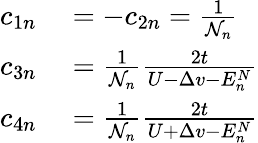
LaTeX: \begin{array}{rl}{c_{1n}}&{{}=-c_{2n}=\frac{1}{\mathcal{N}_{n}}}\\ {c_{3n}}&{{}=\frac{1}{\mathcal{N}_{n}}\frac{2t}{U-\Delta v-E_{n}^{N}}}\\ {c_{4n}}&{{}=\frac{1}{\mathcal{N}_{n}}\frac{2t}{U+\Delta v-E_{n}^{N}}}\end{array}